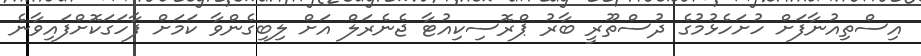
އިސްތިއުނާފަށް ހުށަހެޅުމުގެ ދުސްތޫރީ ބާރު ޕްރޮސިކިއުޓާ ޖެނެރަލް އަށް ލިބިގެންވާ ކަމަށް ފާހަގަކޮށްފައިވާނެ